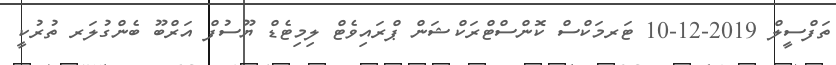
ތަފްސީލް 2019-12-10 ޓަރމަކްސް ކޮންސްޓްރަކްޝަން ޕްރައިވެޓް ލިމިޓެޑް ޔޫސުފް އަރްބޫ ބެންގުލަރ ތުރުކީ